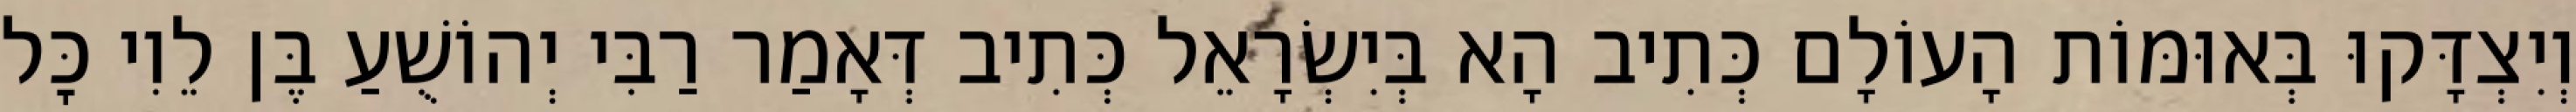
וְיִצְדָּקוּ בְּאוּמּוֹת הָעוֹלָם כְּתִיב הָא בְּיִשְׂרָאֵל כְּתִיב דְּאָמַר רַבִּי יְהוֹשֻׁעַ בֶּן לֵוִי כׇּל